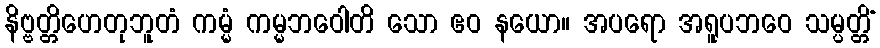
နိဗ္ဗတ္တိဟေတုဘူတံ ကမ္မံ ကမ္မဘဝေါတိ သော ဧဝ နယော။ အပရော အရူပဘဝေ သမ္ပတ္တိံ